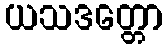
ယသဒတ္တော